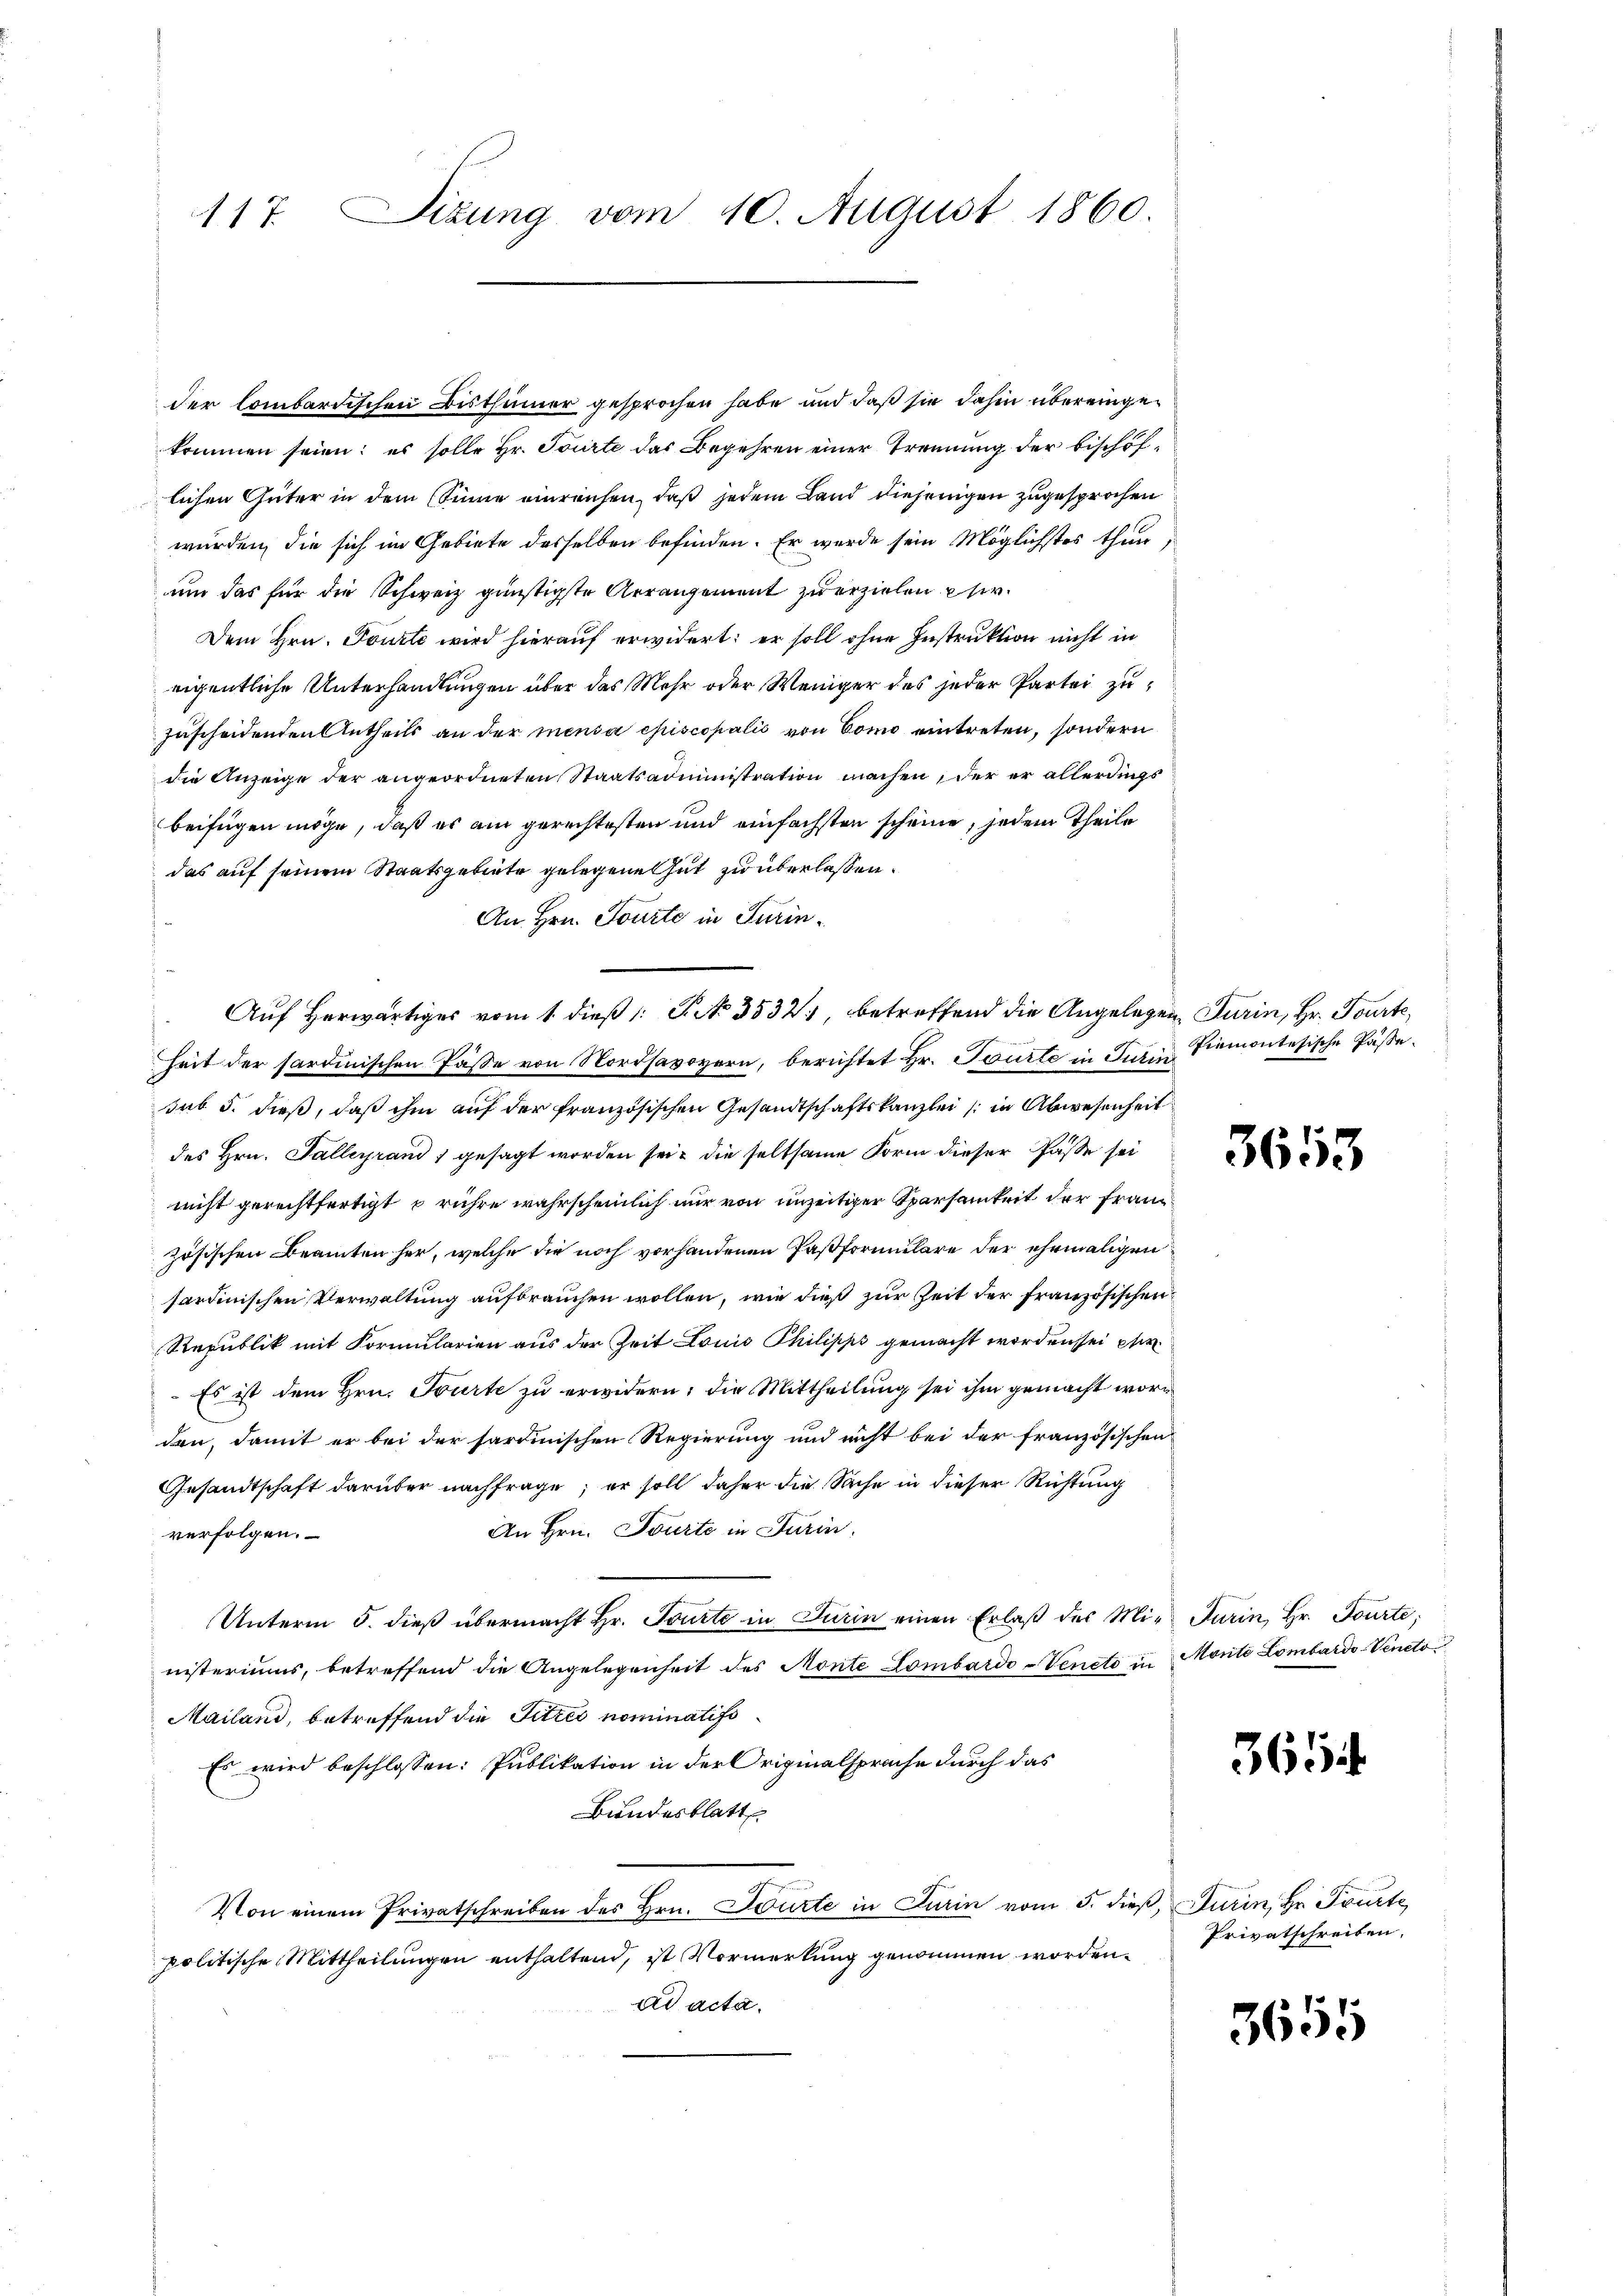
der Combardischen Bisthümer gesprochen habe und daß sie dahin übereingekommen seien; es solle Hr. Tourte das Begehren einer Trennung der bischöflichen Güter in dem Sinne einreichen, daß jedem Land diejenigen zugesprochen
wurden, die sich im Gebiete desselben befinden. Er werde sein Möglichstes thun,
um das für die Schweiz günstigste Arrangement zu erziehen Ehe.
Dem Hrn. Toute wird hierauf erwidert: er soll ohne Instruktion nicht in
eigentliche Unterhandlungen über das Mehr oder Weniger des jeder Partei zuzuscheidenden Antheils an der mensa episcopalis von Como eintreten, sondern
die Anzeige der angeordneten Staatsadministration machen, der er allerdings
beifügen möge, daß es am gerechtesten und einfachsten scheine, jedem Theile
das auf seinem Staatsgebiete gelegene Gut zu überlassen.
An Hrn. Tourte in Turinheit der sardinischen Pässe von Nordsavoyern, berichtet Hr. Tourte in Juris Piemontesische Paßesub 5. dieß, daß ihm auf der französischen Gesandtschaftskanzlei (in Abwesenheit
des Hrn. Talleyrand gesagt worden sei, die seltsame Form dieser Pässe sei
nicht gerechtfertigt & rühre wahrscheinlich nur von unzeitiger Sparsamkeit der Franzzösischen Beamten her, welche die noch vorhandenen Paßformulare der ehemaligen
sardinischen Verwaltung aufbrauchen wollen, wie dieß zur Zeit der französischen
Republik mit Formularien aus der Zeit Louis Philipps gemacht worden sei per
 Es ist dem Hrn. Tourte zu erwidern; die Mittheilung sei ihm gemacht worden, damit er bei der sardinischen Regierung und nicht bei der französischen
Gesandtschaft darüber nachfrage, er soll daher die Sache in dieser Richtung
An Hrn. Tourte in Turin
verfolgen.
Unterm 5. dieß übermacht Hr. Tourte in Turin einen Erlaβ des Mir Turin, Hr. Tourte;
nisteriums, betreffend die Angelegenheit des Monte Lombardo-Venete in Morite Lombardo-Veneto
Mailand, betreffend die Sitzes nominatiss
Es wird beschlossen: Publikation in der Originalsprache durch das
Bundesblatt
Von einem Privatschreiben des Hrn. Tourte in Turin vom 5. dieß, Turin, Hr. Tourte
politische Mittheilungen enthaltend, ist Vormerkung genommen worden.
ad acta.

Sizung vom 10. August 1860.
17.

Auf Herwärtiges vom 1. dieß: P. No. 3532. betreffend die Angelegen Turin, Hr. Tourte

3653

365.

Privatschreiben.

3655